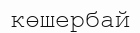
көшербай